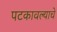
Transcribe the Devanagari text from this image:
पटकावल्याचे